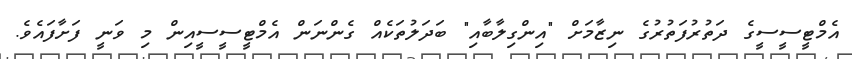
އެމްޓީސީސީގެ ދަތުރުފަތުރުގެ ނިޒާމަށް "އިންގިލާބާއި" ބަދަލުތަކެއް ގެންނަން އެމްޓީސީސީއިން މި ވަނީ ފަށާފައެވެ.